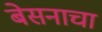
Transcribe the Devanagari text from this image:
बेसनाचा